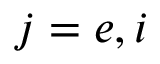
j = e , i